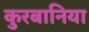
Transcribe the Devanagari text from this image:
कुरबानिया